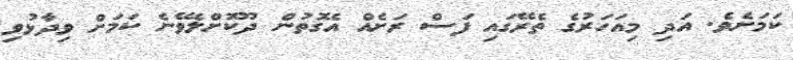
ކަމަށެވެ. އަދި މިއަހަރުގެ ތެރޭގައި ފަސް ރަށެއް އެގޮތުން ދޫކޮށްލެވޭނެ ކަމަށް ވިދާޅުވި